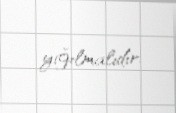
yığılmalıdır.